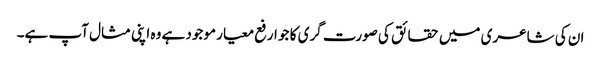
ان کی شاعری میں حقائق کی صورت گری کا جو ارفع معیار موجود ہے وہ اپنی مثال آپ ہے۔